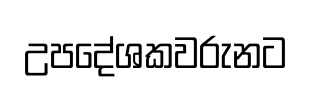
උපදේශකවරුනට